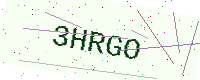
Text: 3HRGO